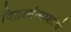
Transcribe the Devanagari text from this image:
विद्वत्संन्याशांचे